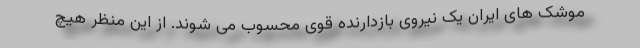
موشک های ایران یک نیروی بازدارنده قوی محسوب می شوند. از این منظر هیچ